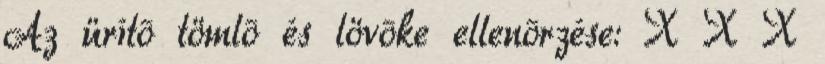
Az ürítõ tömlõ és lövõke ellenõrzése: X X X